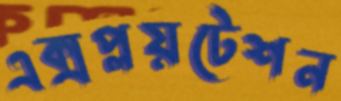
এক্সপ্লয়টেশন